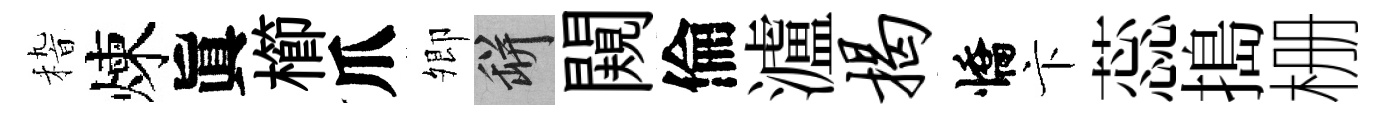
𥟵煉眞櫛爪𡖖瓶闚倫瀘揭憍卞蕊搗栅